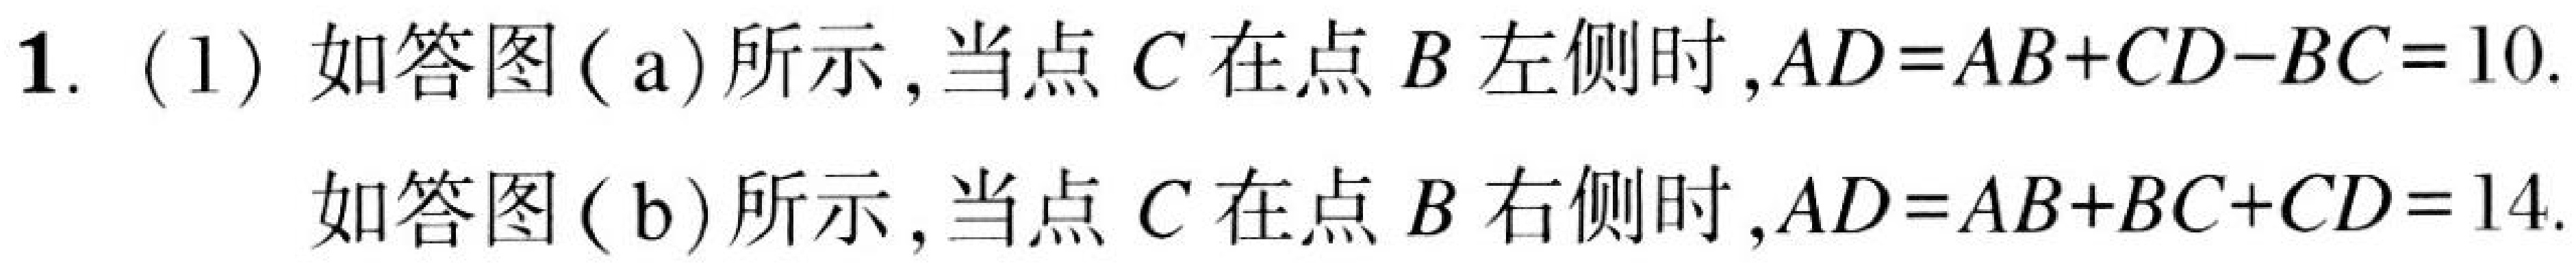
1. (1) 如答图 ( a) 所示, 当点 \(C\) 在点 \(B\) 左侧时,\(AD = AB + CD - BC = 10\).
如答图 ( b) 所示, 当点 \(C\) 在点 \(B\) 右侧时,\(AD = AB + BC + CD = 14\).